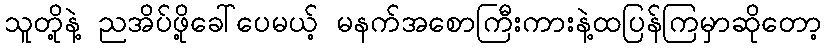
သူတို့နဲ့ ညအိပ်ဖို့ခေါ်ပေမယ့် မနက်အစောကြီးကားနဲ့ထပြန်ကြမှာဆိုတော့